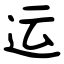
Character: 运